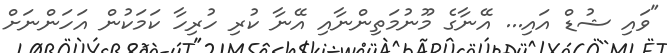
"ވައި ޝުޑް އައި... އޭނާގެ މޫނުމަތިންނާއި އޭނާ ކުރި ހުރިހާ ކަމަކުން އަހަންނަށް